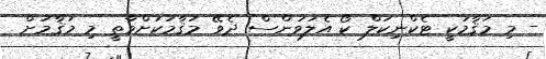
- މި މަޤާމަކީ ޓެކްނިކަލް ކޯ އެލަވަންސް ދެވޭ މަޤާމަކަށްވާތީ މި މަޤާމަށް